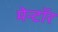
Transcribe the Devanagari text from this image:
मेन्टॉर